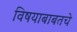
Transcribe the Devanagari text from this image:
विषयाबाबतचे